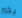
بخير